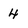
Character: 4